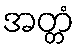
အတ္တံ